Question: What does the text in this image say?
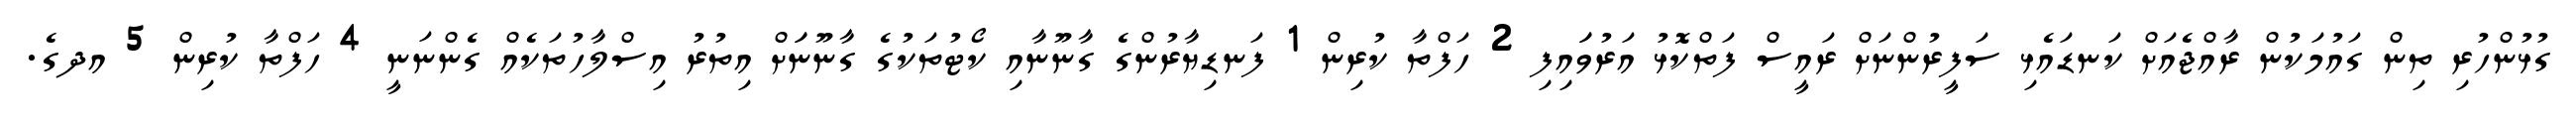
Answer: ގުޅުންހުރި ތިން ގައުމަކުން ރާއްޖެއަށް ކަނޑައެޅި ސަފީރުންނަށް ރައީސް ފަތްކޮޅު އަރުވަައިފި 2 ހަފްތާ ކުރިން 1 ފަނޑިޔާރުންގެ ގާނޫނާއި ކޯޓުތަކުގެ ގާނޫނަަށް އިތުރު އިސްލާހުތަކެއް ގެންނަނީ 4 ހަފްތާ ކުރިން 5 އދގެ.